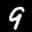
Label: 9